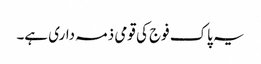
یہ پاک فوج کی قومی ذمہ داری ہے۔